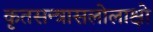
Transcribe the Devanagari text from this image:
कृतसन्त्रासलोलाक्षो